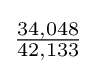
{\tfrac {34,048}{42,133}}